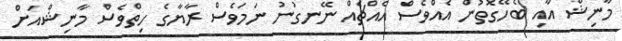
މާނިޝް އާއި ބެހޭގޮތުން އެއްވެސް އެއްޗެއް ނޭނގުނު ނަމަވެސް ރާޔާގެ ހިތްވެސް މާނިޝްއަށް